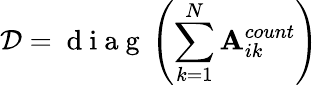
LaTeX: \mathcal{D}=\mathrm{~d~i~a~g~}\left(\sum_{k=1}^{N}\mathbf{A}_{ik}^{count}\right)